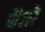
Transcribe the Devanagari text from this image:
बैतों